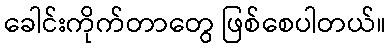
ခေါင်းကိုက်တာတွေ ဖြစ်စေပါတယ်။